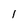
Character: l